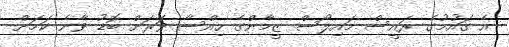
އެ ގައުމުގެ ރައީސް މައިލޯސް ޒީމާންގެ ހިއްސާ ވަރަށް ބޮޑު ވާނެ ކަމަށް